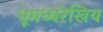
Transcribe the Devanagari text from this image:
भूमध्यरेखिय